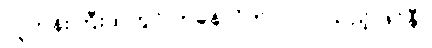
လူတန်းကြီးထဲတွင် ကခုန်လိုက်ပါလာ သည့် ဖဲင်နီ။